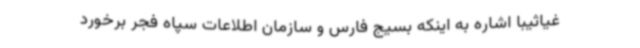
غیاثیبا اشاره به اینکه بسیج فارس و سازمان اطلاعات سپاه فجر برخورد